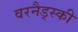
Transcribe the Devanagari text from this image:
वरनैड्स्की